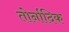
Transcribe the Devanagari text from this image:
तोर्नादिक